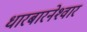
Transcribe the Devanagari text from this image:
धारबारनेश्‍वार